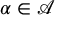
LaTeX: \alpha \in { \mathcal { A } }